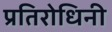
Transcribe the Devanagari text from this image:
प्रतिरोधिनी